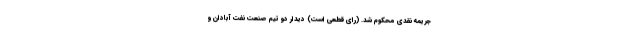
جریمه نقدی محکوم شد. (رای قطعی است) دیدار دو تیم صنعت نفت آبادان و